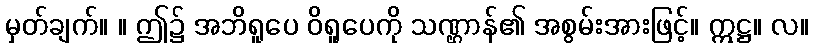
မှတ်ချက်။ ။ ဤ၌ အဘိရူပေ ဝိရူပေကို သဏ္ဌာန်၏ အစွမ်းအားဖြင့်။ ဣဋ္ဌ။ လ။